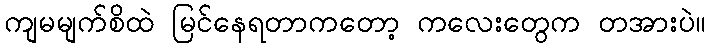
ကျမမျက်စိထဲ မြင်နေရတာကတော့ ကလေးတွေက တအားပဲ။